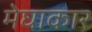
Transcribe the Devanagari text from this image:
मेघाकार